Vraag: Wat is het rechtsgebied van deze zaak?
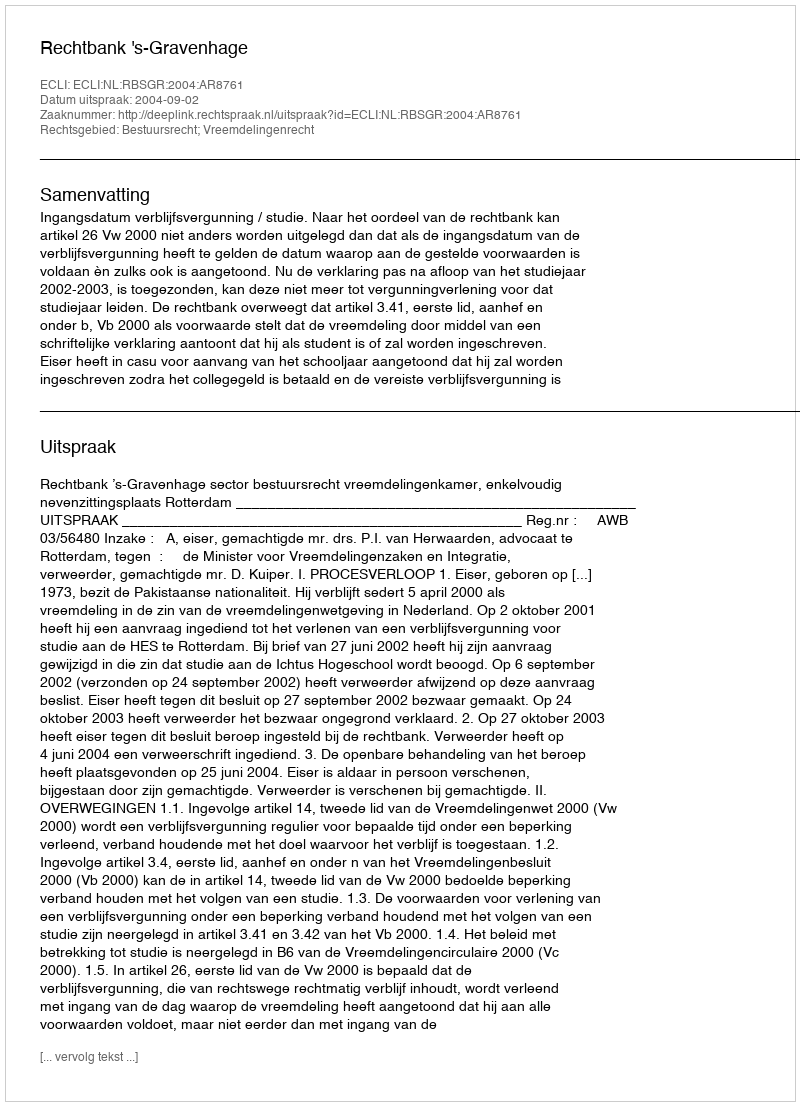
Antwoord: Bestuursrecht; Vreemdelingenrecht